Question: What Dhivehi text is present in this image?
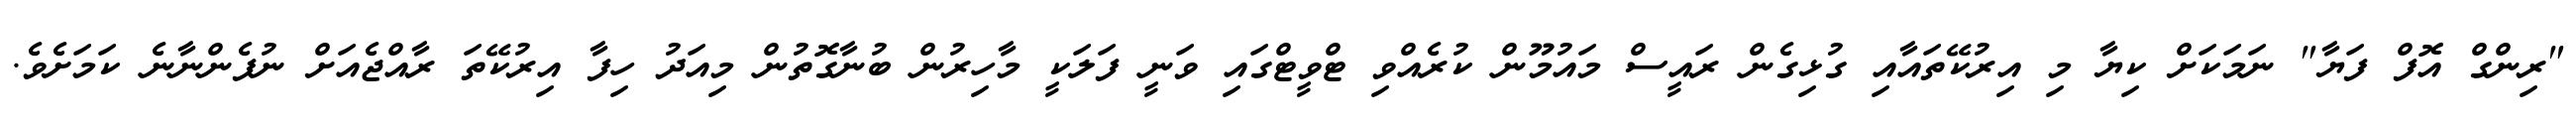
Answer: "ރިންގް އޮފް ފަޔާ" ނަމަކަށް ކިޔާ މި އިރުކޭތައާއި ގުޅިގެން ރައީސް މައުމޫން ކުރެއްވި ޓްވީޓްގައި ވަނީ ފަލަކީ މާހިރުން ބުނާގޮތުން މިއަދު ހިފާ އިރުކޭތަ ރާއްޖެއަށް ނުފެންނާނެ ކަމަށެވެ.